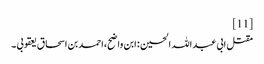
[11]
مقتل ابی عبد اللہ الحسین : ابن واضح،احمد بن اسحاق یعقوبی ۔